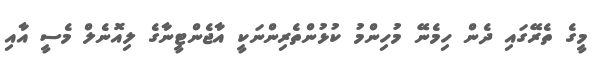
މީގެ ތެރޭގައި ދެން ހިމެނޭ މުހިންމު ކުޅުންތެރިންނަކީ އާޖެންޓީނާގެ ލިއޮނެލް މެސީ އާއި